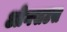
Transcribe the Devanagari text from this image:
ओगसटस